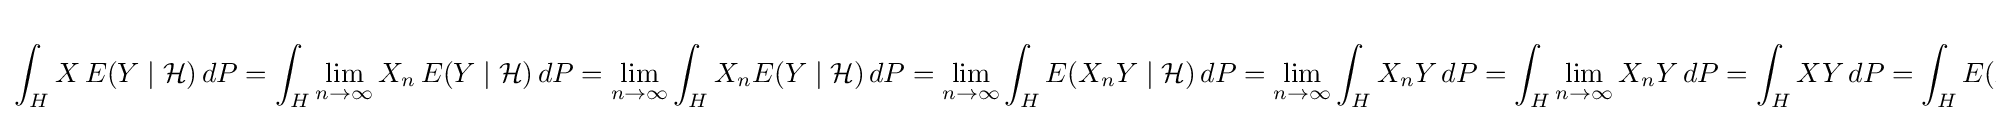
\int _{H}X\,E(Y\mid {\mathcal {H}})\,dP=\int _{H}\lim _{n\to \infty }X_{n}\,E(Y\mid {\mathcal {H}})\,dP=\lim _{n\to \infty }\int _{H}X_{n}E(Y\mid {\mathcal {H}})\,dP=\lim _{n\to \infty }\int _{H}E(X_{n}Y\mid {\mathcal {H}})\,dP=\lim _{n\to \infty }\int _{H}X_{n}Y\,dP=\int _{H}\lim _{n\to \infty }X_{n}Y\,dP=\int _{H}XY\,dP=\int _{H}E(XY\mid {\mathcal {H}})\,dP